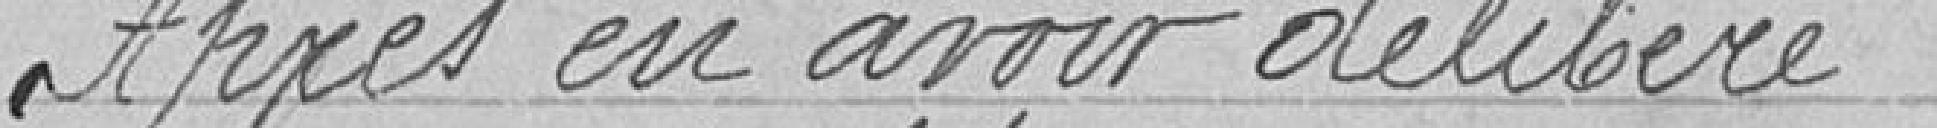
Après en avoir délibéré